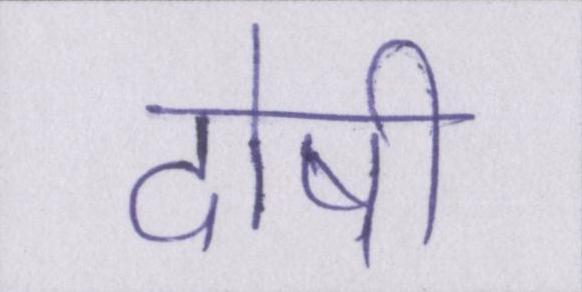
दोषी